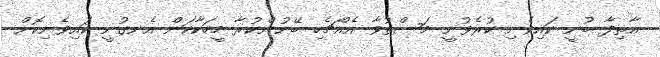
އާތިފާ ބުނީ ކައިވެނި ކުރެވުނީ މަސްތުވާ އެއްޗެހި ބޭނުންކުރާ މީހަކާކަން އެނގުނީ ކައިވެނިކޮށް